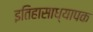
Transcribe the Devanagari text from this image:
इतिहासाध्यापक